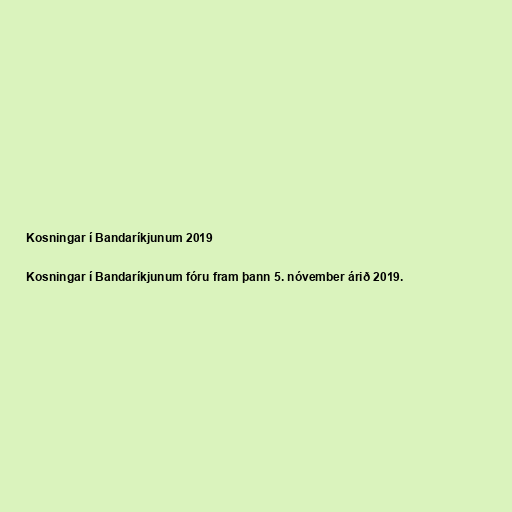
Kosningar í Bandaríkjunum 2019

Kosningar í Bandaríkjunum fóru fram þann 5. nóvember árið 2019.